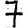
Digit: 7